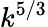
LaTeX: k^{5/3}